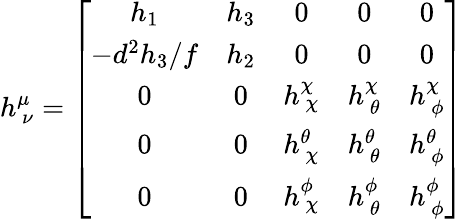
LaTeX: h_{~\nu}^{\mu}=\left[\begin{array}{ccccc}{{h_{1}}}&{{h_{3}}}&{{0}}&{{0}}&{{0}}\\ {{-d^{2}h_{3}/f}}&{{h_{2}}}&{{0}}&{{0}}&{{0}}\\ {{0}}&{{0}}&{{h_{~\chi}^{\chi}}}&{{h_{~\theta}^{\chi}}}&{{h_{~\phi}^{\chi}}}\\ {{0}}&{{0}}&{{h_{~\chi}^{\theta}}}&{{h_{~\theta}^{\theta}}}&{{h_{~\phi}^{\theta}}}\\ {{0}}&{{0}}&{{h_{~\chi}^{\phi}}}&{{h_{~\theta}^{\phi}}}&{{h_{~\phi}^{\phi}}}\end{array}\right]